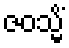
ဇဝသ္မိံ